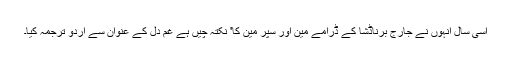
اسی سال انہوں نے جارج برناڈشا کے ڈرامے مین اور سپر مین کا' نکتہ چیں ہے غم دل کے عنوان سے اردو ترجمہ کیا۔